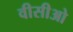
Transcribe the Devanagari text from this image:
वीसीओ